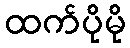
ထက်ပိုမို